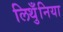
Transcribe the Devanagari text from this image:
लिथुँनिया